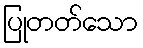
ပြုတတ်သော